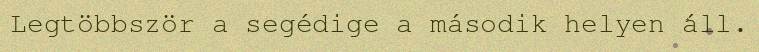
Legtöbbször a segédige a második helyen áll.